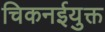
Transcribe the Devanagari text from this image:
चिकनईयुक्त